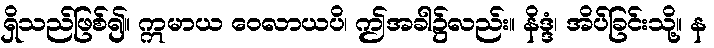
ရှိသည်ဖြစ်၍။ ဣမာယ ဝေလာယပိ၊ ဤအခါ၌လည်း။ နိဒ္ဒံ၊ အိပ်ခြင်းသို့။ န